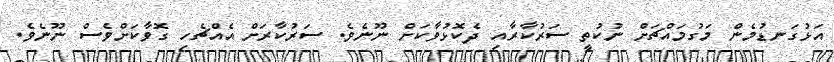
އަޅުގަނޑުމެން މަގުމައްޗަށް ނުކުތީ ސަރުކާރާއި ދެކޮޅުވާކަށް ނޫނެވެ. ސަރުކާރަށް އެއްޗެހި ގޮވާކަށްވެސް ނޫނެވެ.